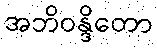
အဘိဝန္ဒိတော